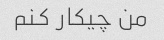
من چیکار کنم